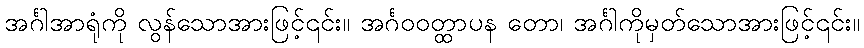
အင်္ဂါအာရုံကို လွန်သောအားဖြင့်၎င်း။ အင်္ဂဝဝတ္ထာပန တော၊ အင်္ဂါကိုမှတ်သောအားဖြင့်၎င်း။